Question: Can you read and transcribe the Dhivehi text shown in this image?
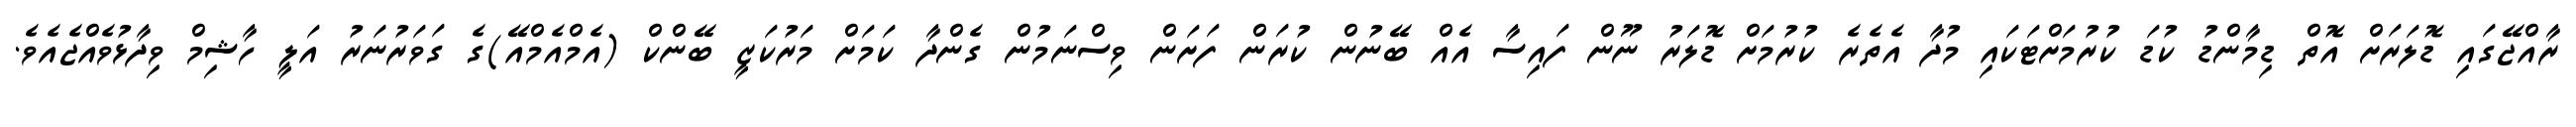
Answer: ރާއްޖޭގައި ޑޮލަރަށް އޮތް ޑިމާންޑު ކުޑަ ކުރުމަށްޓަކައި މުދާ އެތެރެ ކުރުމަށް ޑޮލަރު ނޫން ފައިސާ އެއް ބޭނުން ކުރަން ފަށަން ވިސްނަމުން ގެންދާ ކަމަށް މަރުކަޒީ ބޭންކް (އެމްއެމްއޭ)ގެ ގަވަރުނަރު އަލީ ހާޝިމް ވިދާޅުވެއްޖެއެވެ.